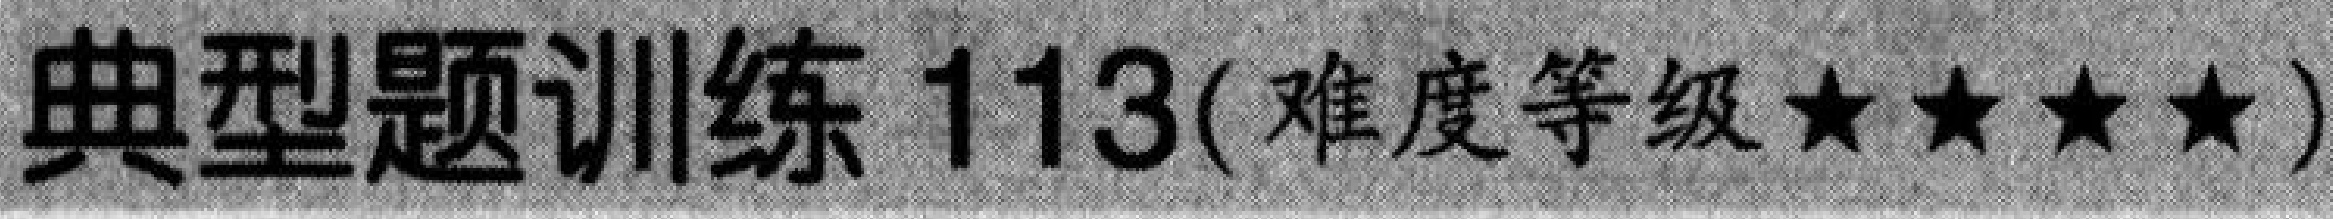
典型题训练 \(113(\)难度等级\(★★★★)\)